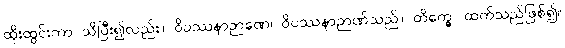
ထိုးထွင်းကာ သိပြီး၍လည်း။ ဝိပဿနာဉာဏေ၊ ဝိပဿနာဉာဏ်သည်။ တိက္ခေ၊ ထက်သည်ဖြစ်၍။